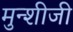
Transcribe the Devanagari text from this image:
मुन्शीजी